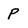
Character: p